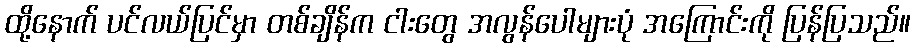
ထို့နောက် ပင်လယ်ပြင်မှာ တစ်ချိန်က ငါးတွေ အလွန်ပေါများပုံ အကြောင်းကို ပြန်ပြသည်။